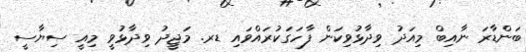
ބަންޑާރަ ނާއިބް މިއަދު ވިދާޅުވިކަން ފާހަގަކުރައްވައި ޑރ. މަޖީދު ވިދާޅުވީ މިއީ ސިޔާސީ